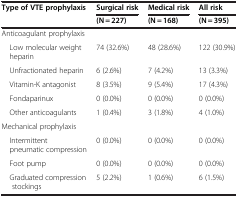
<table><thead><tr><td><b>Type of VTE prophylaxis</b></td><td><b>Surgical risk</b></td><td><b>Medical risk</b></td><td><b>All risk</b></td></tr><tr><td><b> </b></td><td><b>(N = 227)</b></td><td><b>(N = 168)</b></td><td><b>(N = 395)</b></td></tr></thead><tbody><tr><td colspan="4">Anticoagulant prophylaxis</td></tr><tr><td> Low molecular weightheparin</td><td>74 (32.6%)</td><td>48 (28.6%)</td><td>122 (30.9%)</td></tr><tr><td> Unfractionated heparin</td><td>6 (2.6%)</td><td>7 (4.2%)</td><td>13 (3.3%)</td></tr><tr><td> Vitamin-K antagonist</td><td>8 (3.5%)</td><td>9 (5.4%)</td><td>17 (4.3%)</td></tr><tr><td> Fondaparinux</td><td>0 (0.0%)</td><td>0 (0.0%)</td><td>0 (0.0%)</td></tr><tr><td> Other anticoagulants</td><td>1 (0.4%)</td><td>3 (1.8%)</td><td>4 (1.0%)</td></tr><tr><td colspan="4">Mechanical prophylaxis</td></tr><tr><td> Intermittentpneumatic compression</td><td>0 (0.0%)</td><td>0 (0.0%)</td><td>0 (0.0%)</td></tr><tr><td> Foot pump</td><td>0 (0.0%)</td><td>0 (0.0%)</td><td>0 (0.0%)</td></tr><tr><td> Graduated compressionstockings</td><td>5 (2.2%)</td><td>1 (0.6%)</td><td>6 (1.5%)</td></tr></tbody></table>